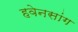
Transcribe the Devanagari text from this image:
हवेनसांग